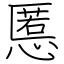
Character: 慝